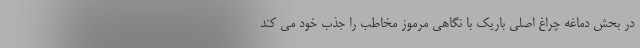
در بحش دماغه چراغ اصلی باریک با نگاهی مرموز مخاطب را جذب خود می کند